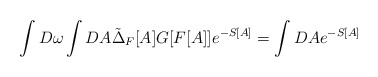
\begin{align*}\int D\omega \int DA \tilde{\Delta}_F[A]G[F[A]]e^{-S[A]}=\int DA e^{-S[A]}\end{align*}